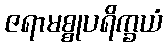
ဇရာမစ္စုပရိက္ခယံ